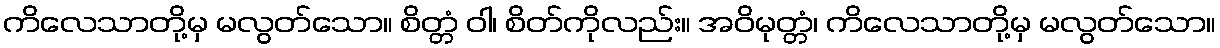
ကိလေသာတို့မှ မလွတ်သော။ စိတ္တံ ဝါ၊ စိတ်ကိုလည်း။ အဝိမုတ္တံ၊ ကိလေသာတို့မှ မလွတ်သော။